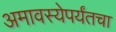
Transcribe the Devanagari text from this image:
अमावस्येपर्यंतचा